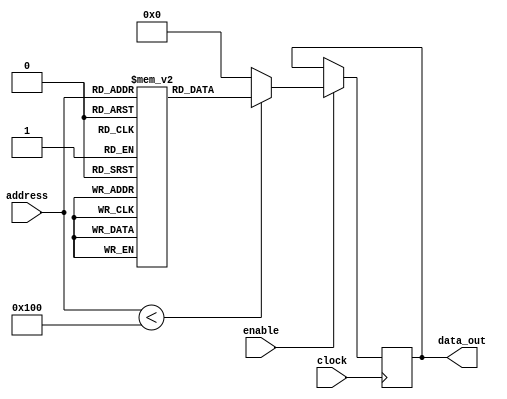
module Parameterized_ROM #(
    parameter ADDR_WIDTH = 8,   // Width of the address input
    parameter DATA_WIDTH = 16,   // Width of the data output
    parameter MEM_SIZE = 2**ADDR_WIDTH  // Size of the ROM
) (
    input wire [ADDR_WIDTH-1:0] address, // Address input
    input wire clock,                    // Clock input
    input wire enable,                   // Enable signal
    output reg [DATA_WIDTH-1:0] data_out // Data output
);

    // Internal memory array
    reg [DATA_WIDTH-1:0] mem [0:MEM_SIZE-1];

    // Initialize memory with predefined values
    initial begin
        // Example initialization: You can modify these values as required
        mem[0] = 16'h0001;
        mem[1] = 16'h0002;
        mem[2] = 16'h0003;
        mem[3] = 16'h0004;
        // Continue initializing as necessary
        // mem[4] = ...;
        // mem[5] = ...;
        // You can also read from a file using $readmemh or $readmemb
        // $readmemh("rom_data.hex", mem);
    end

    // Behavioral modeling for reading data
    always @(posedge clock) begin
        if (enable) begin
            if (address < MEM_SIZE) begin
                data_out <= mem[address]; // Read from memory
            end else begin
                data_out <= {DATA_WIDTH{1'b0}}; // Default value for out-of-range address
            end
        end
    end

endmodule